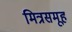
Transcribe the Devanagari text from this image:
मित्रसमूह